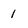
Character: 1